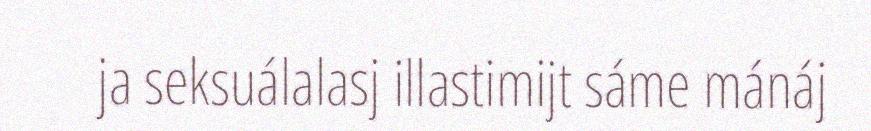
ja seksuálalasj illastimijt sáme mánáj